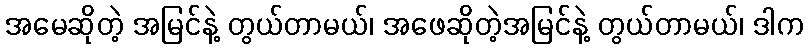
အမေဆိုတဲ့ အမြင်နဲ့ တွယ်တာမယ်၊ အဖေဆိုတဲ့အမြင်နဲ့ တွယ်တာမယ်၊ ဒါက